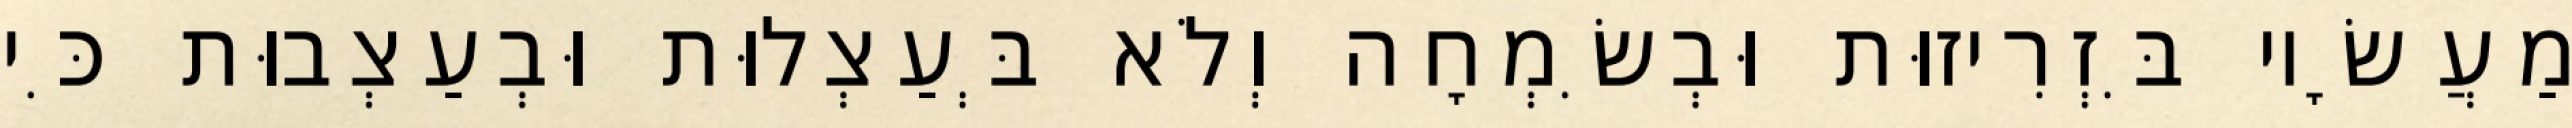
מַעֲשָׂיו בִּזְרִיזוּת וּבְשִׂמְחָה וְלֹא בְּעַצְלוּת וּבְעַצְבוּת כִּי